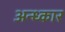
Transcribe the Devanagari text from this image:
अन्ध्कार